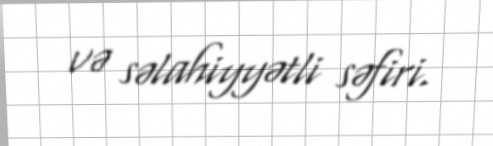
və səlahiyyətli səfiri.